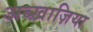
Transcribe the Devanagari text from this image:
अब्ख़ाज़िया